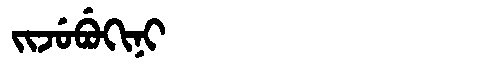
Manchu: ᠵᡳᠵᡠᠪᡠᡴᡳᠨᡳ
Romanization: JIJUBUKINI